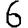
Digit: 6